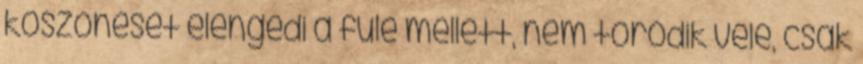
köszönését elengedi a füle mellett, nem törődik vele, csak